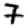
Digit: 7